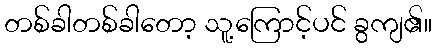
တစ်ခါတစ်ခါတော့ သူ့ကြောင့်ပင် ခွကျ၏။